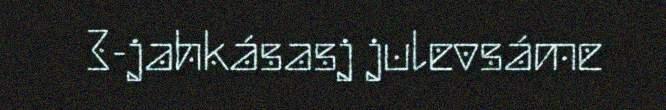
3-jahkásasj julevsáme